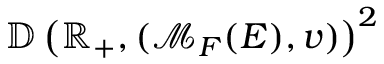
\mathbb { D } \left( \mathbb { R } _ { + } , ( \mathcal { M } _ { F } ( E ) , v ) \right) ^ { 2 }